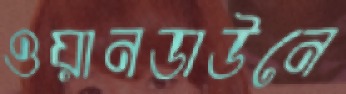
ওয়ানডাউনে